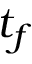
t _ { f }